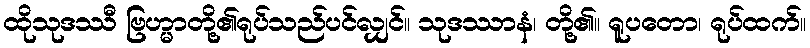
ထိုသုဒဿီ ဗြဟ္မာတို့၏ရုပ်သည်ပင်လျှင်။ သုဒဿာနံ၊ တို့၏။ ရူပတော၊ ရုပ်ထက်။